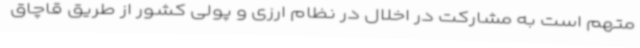
متهم است به مشارکت در اخلال در نظام ارزی و پولی کشور از طریق قاچاق